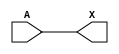
module sky130_fd_sc_hd__dlygate4sd1_4 (
    X,
    A
);
    output X;
    input  A;
    wire buf0_out_X;
    buf buf0 (buf0_out_X, A              );
    buf buf1 (X         , buf0_out_X     );
endmodule